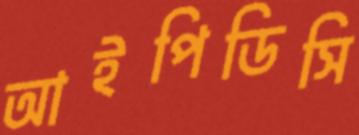
আইপিডিসি